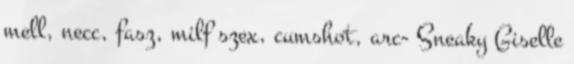
mell, necc, fasz, milf szex, cumshot, arc- Sneaky Giselle